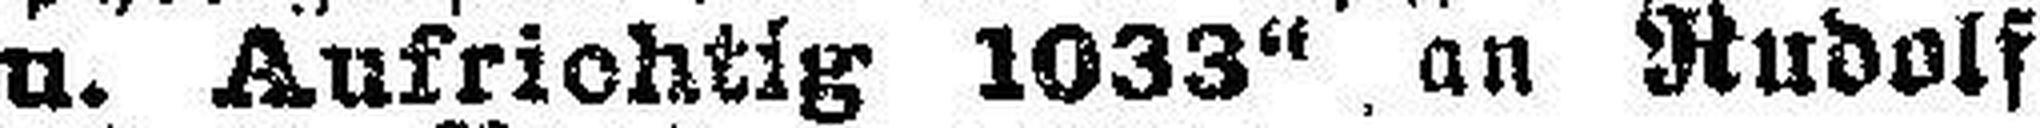
u. Aufrichtig 1033“ an Rudolf